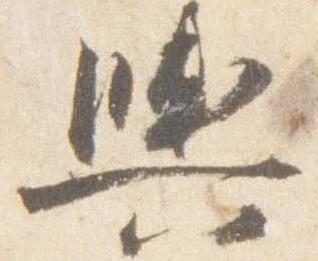
輿